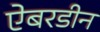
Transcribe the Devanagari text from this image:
ऐबरडीन